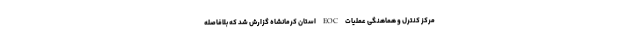
مرکز کنترل و هماهنگی عملیات EOC استان کرمانشاه گزارش شد که بلافاصله